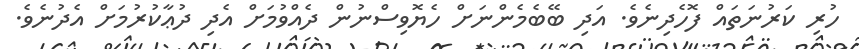
ހުރި ކަރުނަތައް ފޮހެދިނެވެ. އަދި ބޭބެމެންނަށް ހެޔޮވިސްނުން ދެއްވުމަށް އެދި ދުޢާކުރުމަށް އެދުނެވެ.